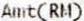
AMT(RM)